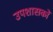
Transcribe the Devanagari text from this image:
उपशासकों